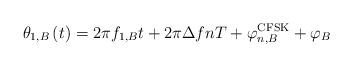
LaTeX: \begin{align*}{\theta _{1,B}}\left( t \right) = 2\pi {f_{1,B}}t + 2\pi \Delta fnT + \varphi _{n,B}^{{\rm{CFSK}}} + {\varphi _B}\end{align*}